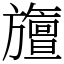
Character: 旜